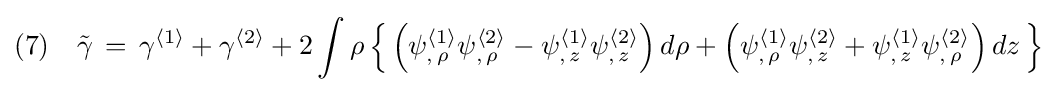
(7)\quad {\tilde {\gamma }}\,=\,\gamma ^{\langle 1\rangle }+\gamma ^{\langle 2\rangle }+2\int \rho \,{\Big \{}\,{\Big (}\psi _{,\,\rho }^{\langle 1\rangle }\psi _{,\,\rho }^{\langle 2\rangle }-\psi _{,\,z}^{\langle 1\rangle }\psi _{,\,z}^{\langle 2\rangle }{\Big )}\,d\rho +{\Big (}\psi _{,\,\rho }^{\langle 1\rangle }\psi _{,\,z}^{\langle 2\rangle }+\psi _{,\,z}^{\langle 1\rangle }\psi _{,\,\rho }^{\langle 2\rangle }{\Big )}\,dz\,{\Big \}}